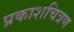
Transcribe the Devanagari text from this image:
प्रकाशचित्रण